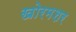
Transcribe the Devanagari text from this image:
खोरमशर